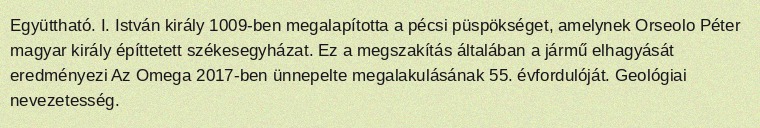
Együttható. I. István király 1009-ben megalapította a pécsi püspökséget, amelynek Orseolo Péter magyar király építtetett székesegyházat. Ez a megszakítás általában a jármű elhagyását eredményezi Az Omega 2017-ben ünnepelte megalakulásának 55. évfordulóját. Geológiai nevezetesség.